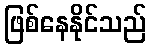
ဖြစ်နေနိုင်သည်